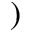
)